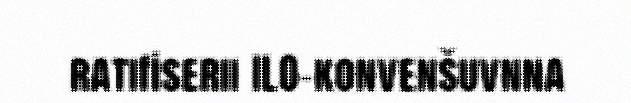
ratifiserii ILO-konvenšuvnna